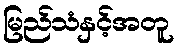
မြည်သံနှင့်အတူ